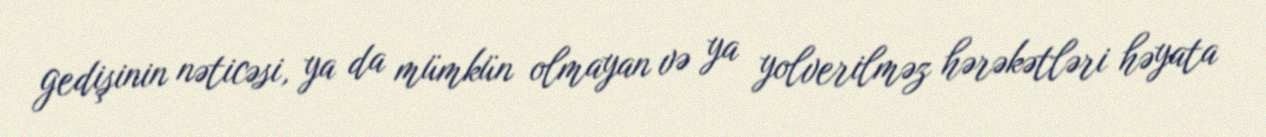
gedişinin nəticəsi, ya da mümkün olmayan və ya yolverilməz hərəkətləri həyata